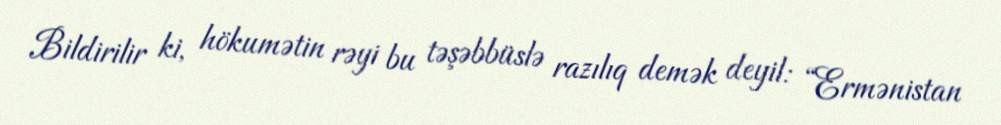
Bildirilir ki, hökumətin rəyi bu təşəbbüslə razılıq demək deyil: “Ermənistan